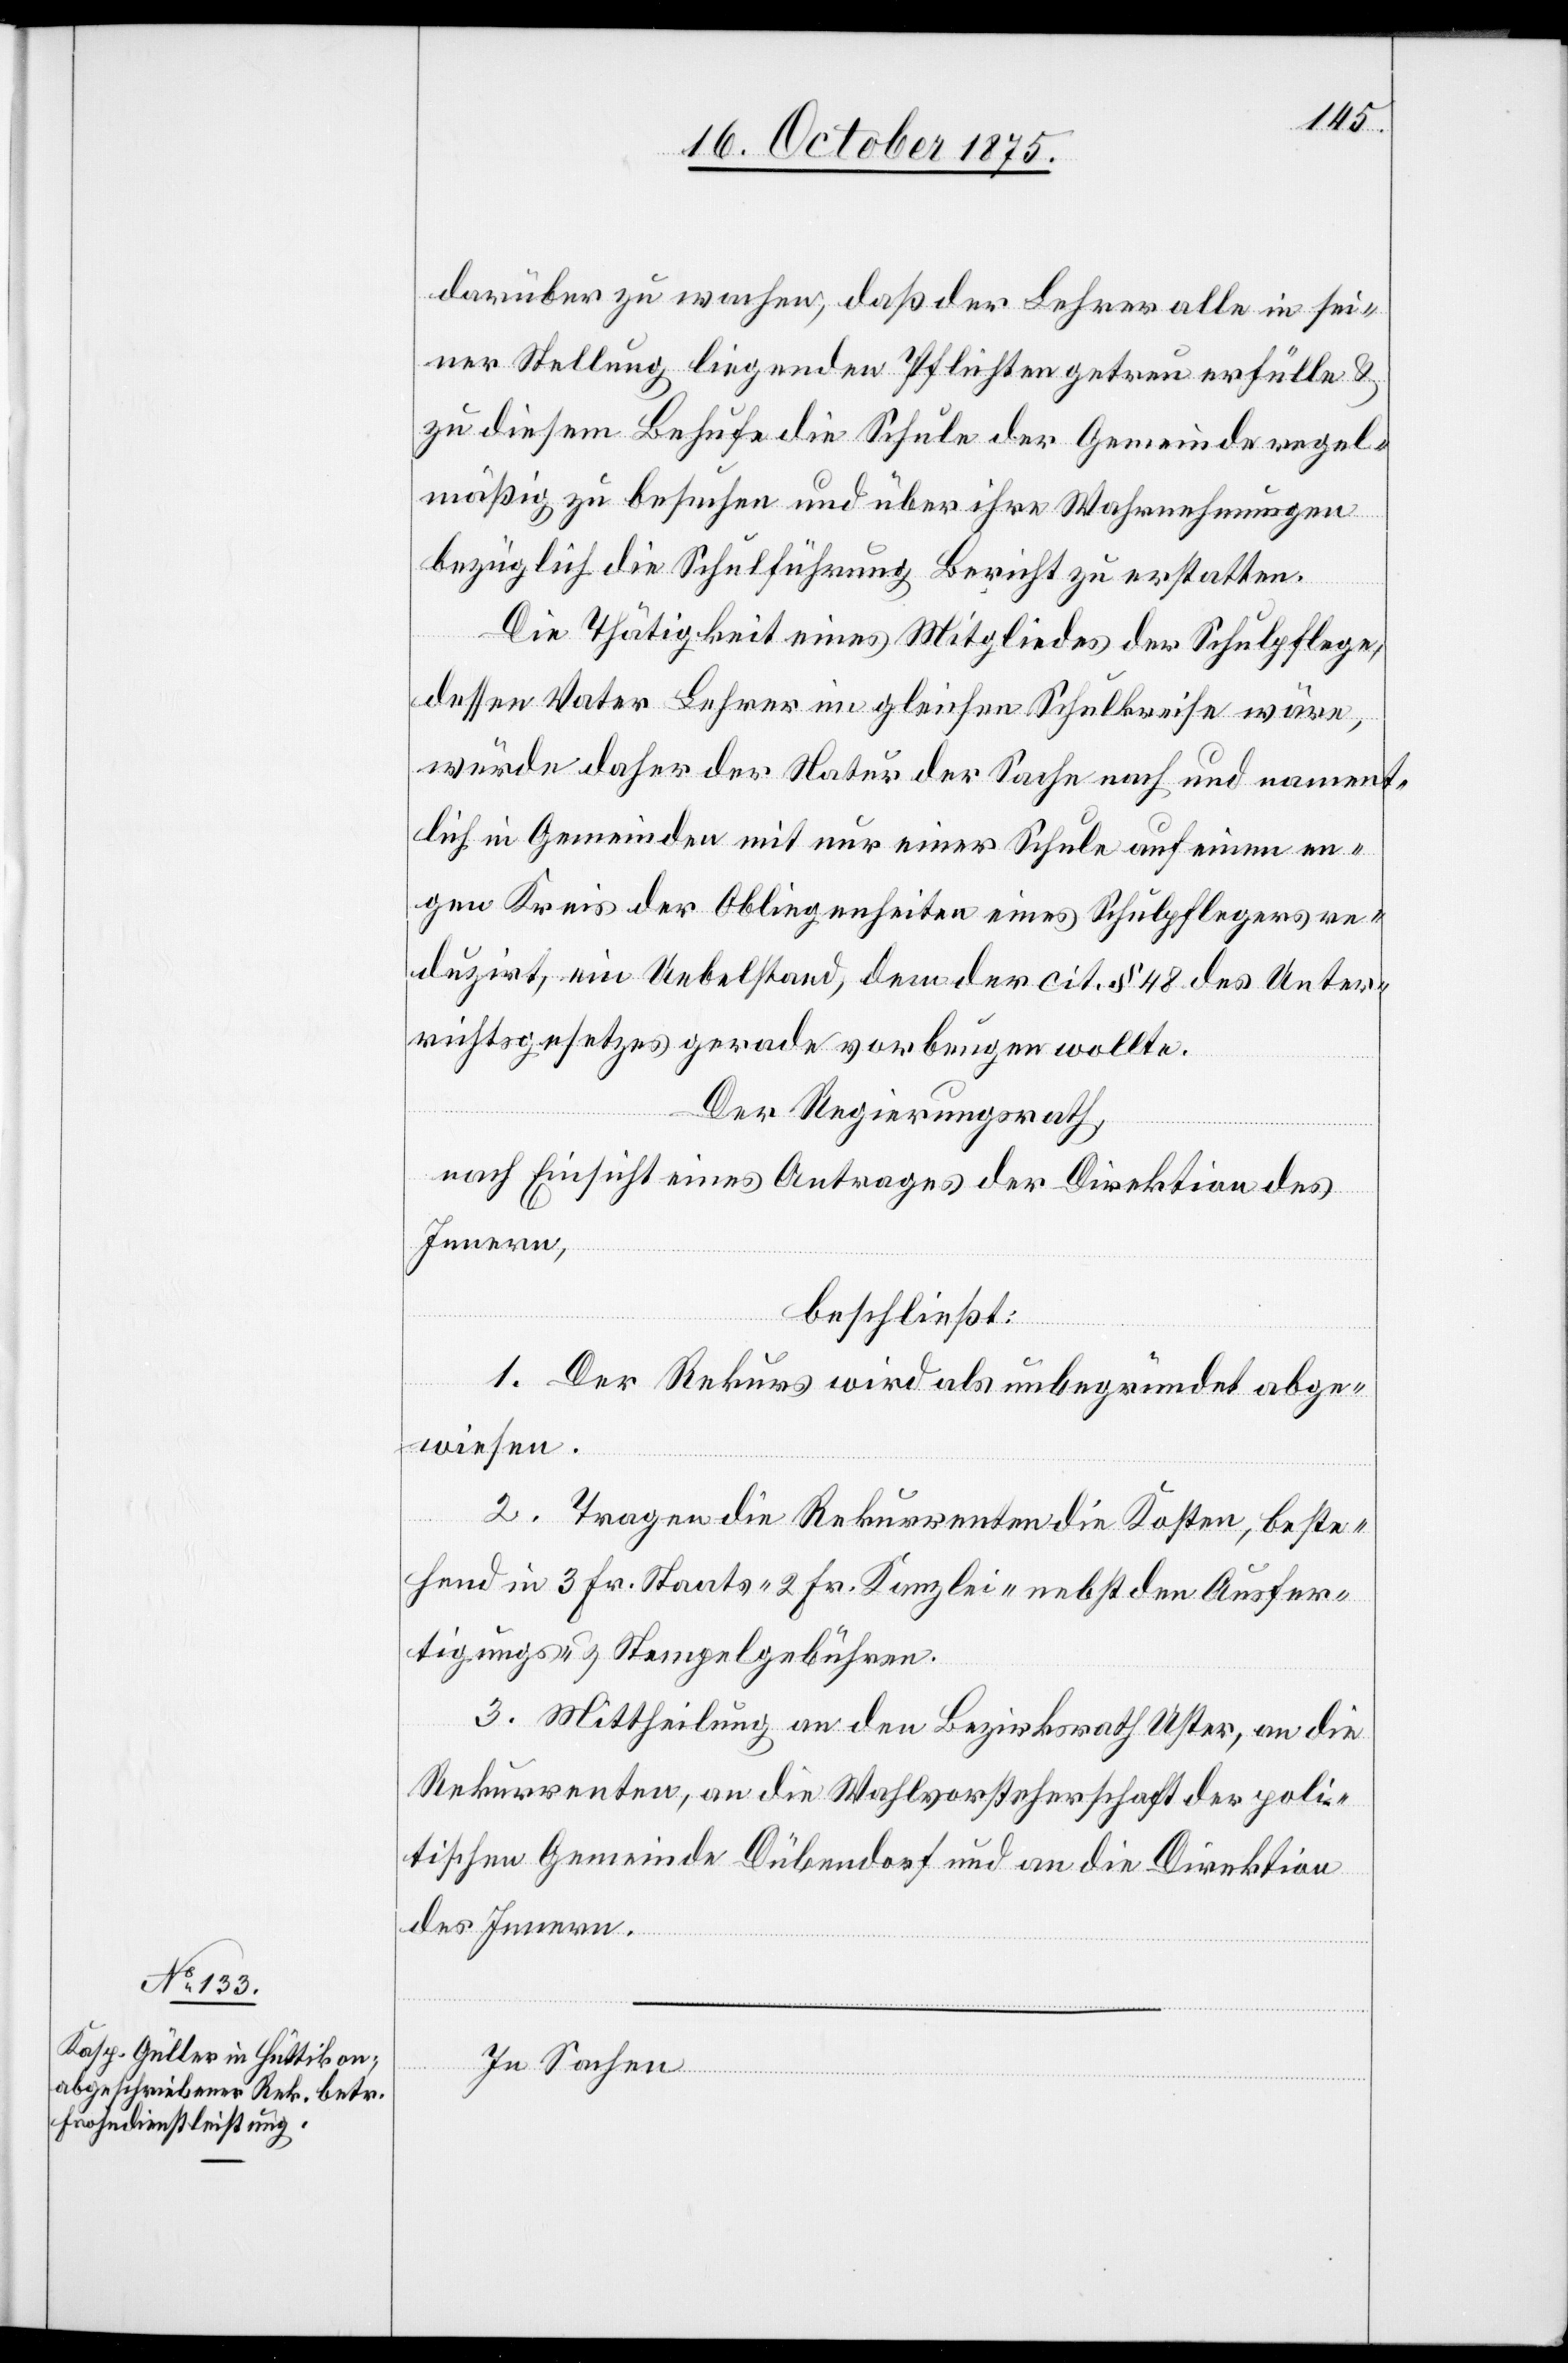
darüber zu wachen, daß der Lehrer alle in sei¬
ner Stellung liegenden Pflichten getreu erfülle &
zu diesem Behufe die Schule der Gemeinde regel¬
mäßig zu besuchen und über ihre Wahrnehmungen
bezüglich die Schulführung Bericht zu erstatten.
Die Thätigkeit eines Mitgliedes der Schulpflege,
dessen Vater Lehrer im gleichen Schulkreise wäre,
würde daher der Natur der Sache nach und nament¬
lich in Gemeinden mit nur einer Schule auf einem en¬
gen Kreis der Obliegenheiten eines Schulpflegers re¬
duzirt, ein Uebelstand, dem der cit. § 48 des Unter¬
richtsgesetzes gerade vorbeugen wollte.
Der Regierungsrath,
nach Einsicht eines Antrages der Direktion des
Innern,
beschließt:
1. Der Rekurs wird als unbegründet abge¬
wiesen.
2. Tragen die Rekurrenten die Kosten, beste¬
hend in 3 Fr. Staats-[,] 2 Fr. Kanzlei- nebst den Ausfer¬
tigungs- & Stempelgebühren.
3. Mittheilung an den Bezirksrath Uster, an die
Rekurrenten, an die Wahlvorsteherschaft der poli¬
tischen Gemeinde Dübendorf und an die Direktion
des Innern.
In Sachen